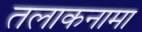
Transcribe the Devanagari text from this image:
तलाकनामा